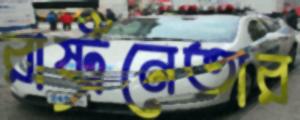
রাষ্ট্রনেতার